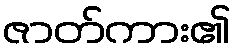
ဇာတ်ကား၏